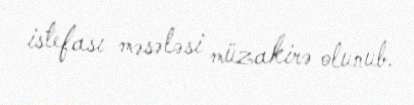
istefası məsələsi müzakirə olunub.